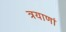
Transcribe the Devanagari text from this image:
त्रयाणां